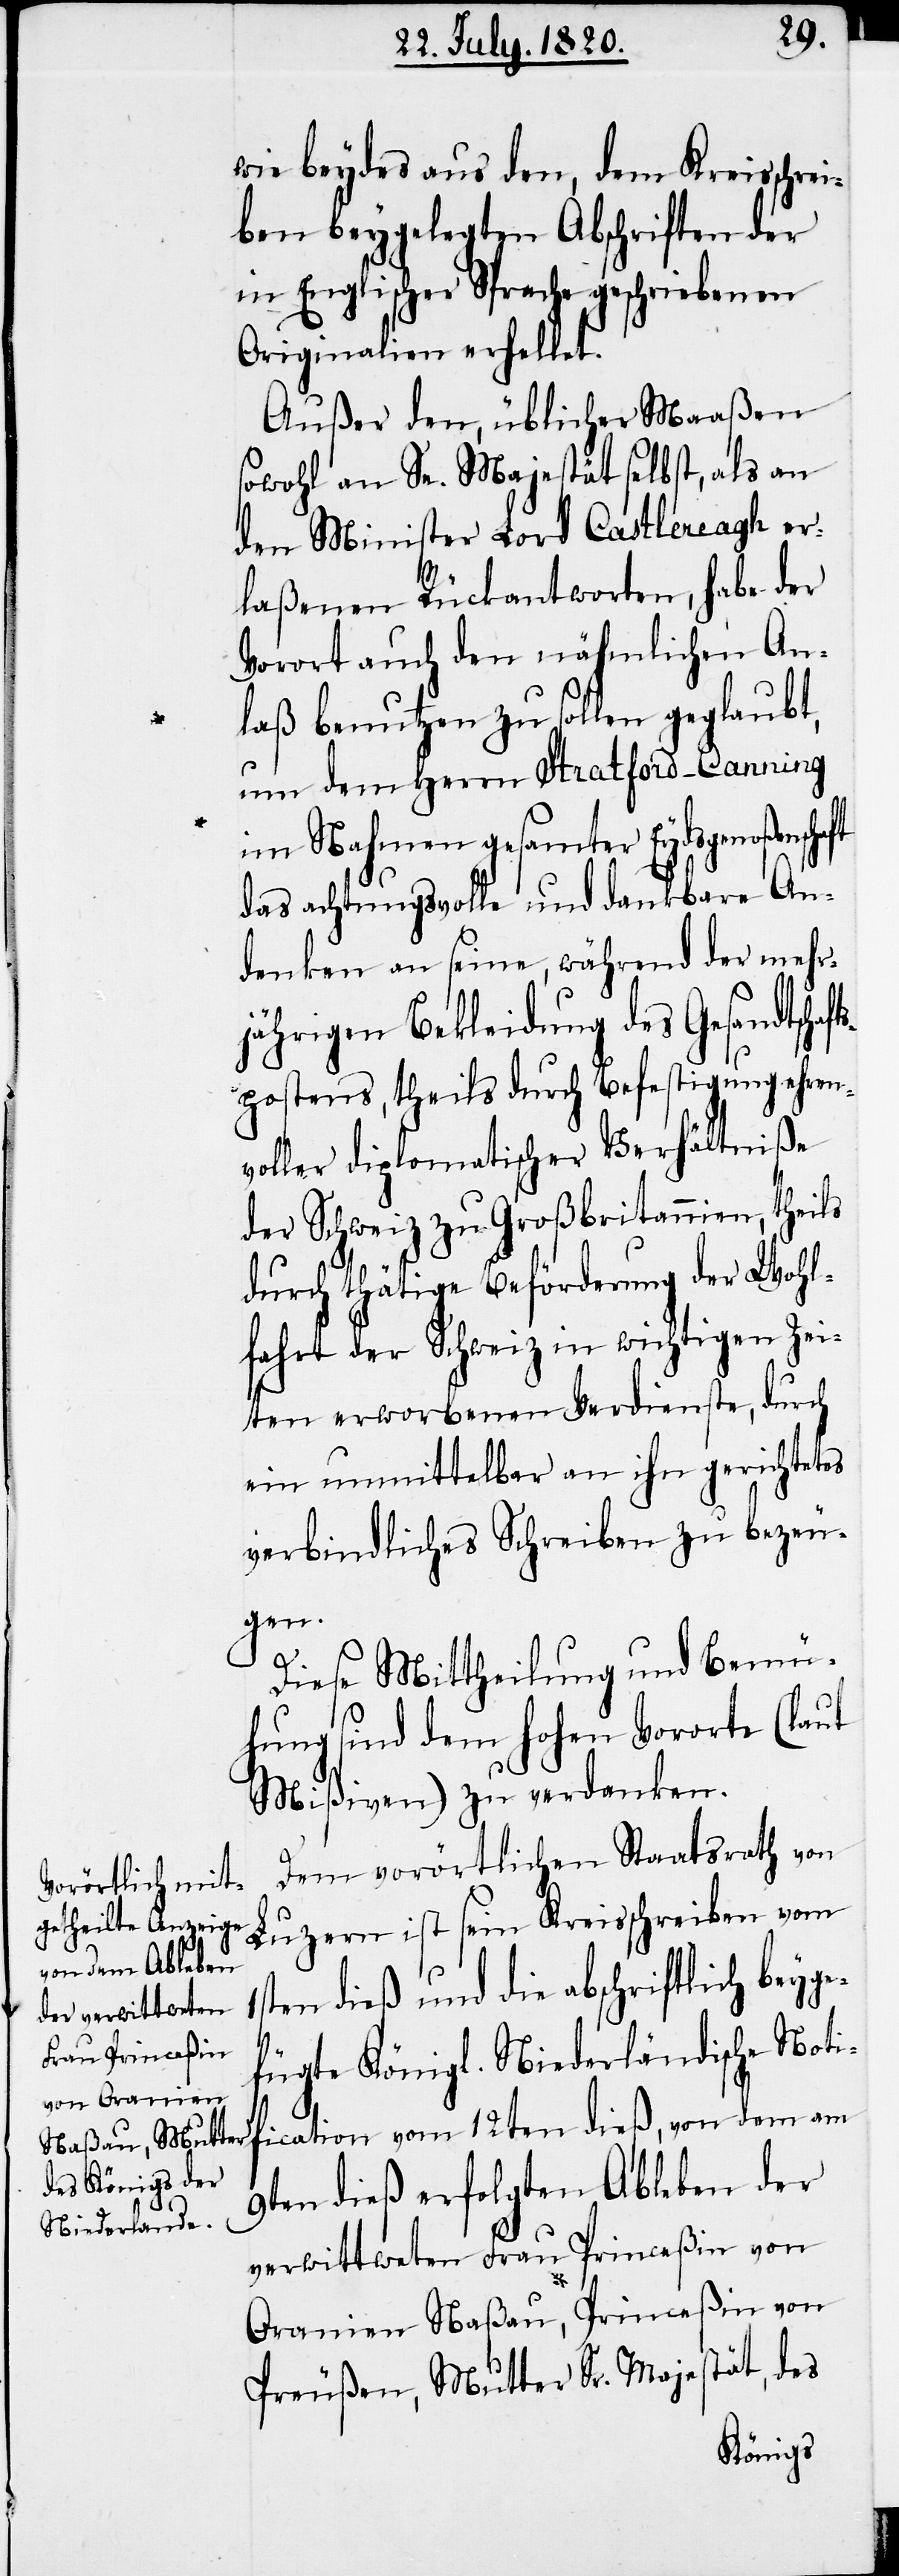
wie beydes aus den, dem Kreisschrei¬
ben beygelegten Abschriften der
in Englischer Sprache geschriebenen
Originalien erhellet.
Außer den, üblicher Maaßen
sowohl an Se. Majestät selbst, als an
den Minister Lord Castlereagh er¬
laßenen Rückantworten, habe der
Vorort auch den nähmlichen An¬
laß benutzen zu sollen geglaubt,
um dem Herrn Stratford-Canning
im Nahmen gesamter Eydsgenoßensch¬
das achtungsvolle und dankbare An¬
denken an seine, während der mehr¬
jährigen Bekleidung des Gesandtscha¬
ftspostens, theils durch Befestigung ehren¬
voller diplomatischer Verhältniße
der Schweiz zu Großbritannien, theils
durch thätige Beförderung der Wohl¬
fahrt der Schweiz in wichtigen Zei¬
ten erworbene Verdienste, durch
ein unmittelbar an ihn gerichtetes
verbindliches Schreiben zu bezeu¬
gen.
Diese Mittheilung und Bemü¬
hung sind dem hohen Vororte (laut
Mißiven) zu verdanken.
Dem vorörtlichen Staatsrath von
Luzern ist sein Kreisschreiben vom
1sten dieß und die abschriftlich beyge¬
fügte Königl. Niederländische Noti¬
fication vom 12ten dieß, von dem am
9ten dieß erfolgten Ableben der
verwittweten Frau Princeßin von
Oranien Naßau, Princeßin von
Preußen, Mutter Sr. Majestät, des

aft